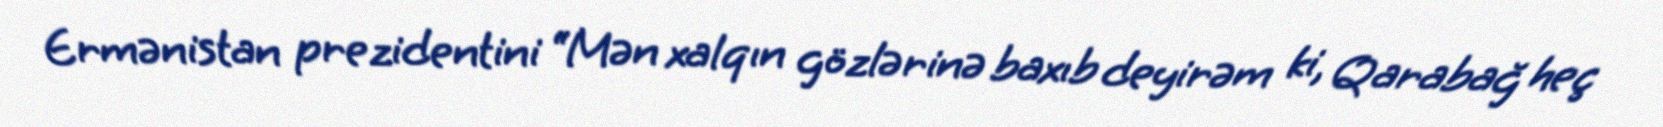
Ermənistan prezidentini “Mən xalqın gözlərinə baxıb deyirəm ki, Qarabağ heç